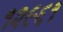
૧૨૯૬૧